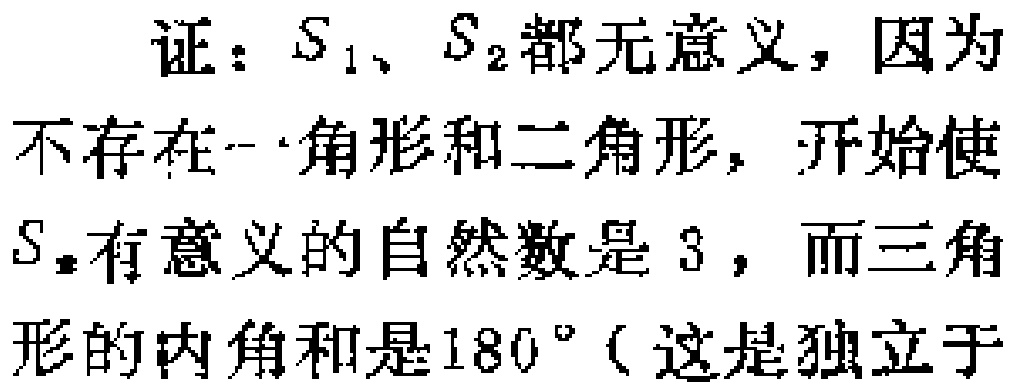
证：$S_{1}$、$S_{2}$都无意义，因为不存在一角形和二角形，开始使$S_{n}$有意义的自然数是$3$，而三角形的内角和是$180^{\circ}$（这是独立于